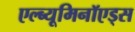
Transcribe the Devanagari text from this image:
एल्ब्यूमिनॉएड्स